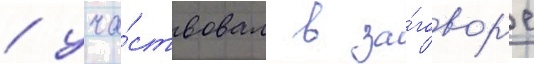
/ уча́ствовал в за́говор'е